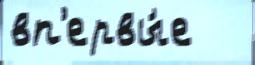
вп'ервы́е